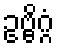
ဥဗ္ဗိဂ္ဂံ